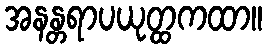
အနန္တရာပယုတ္ထကထာ။